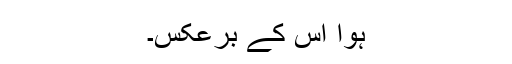
ہوا اس کے برعکس۔